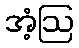
အံ့ဩ